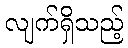
လျက်ရှိသည့်